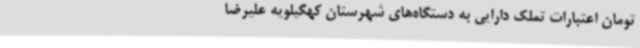
تومان اعتبارات تملک دارایی به دستگاه‌های شهرستان کهگیلویه ‌علیرضا